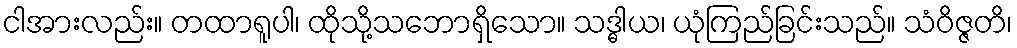
ငါအားလည်း။ တထာရူပါ၊ ထိုသို့သဘောရှိသော။ သဒ္ဓါယ၊ ယုံကြည်ခြင်းသည်။ သံဝိဇ္ဇတိ၊